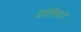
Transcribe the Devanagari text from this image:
प्रवेशिकांत